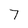
Character: 7